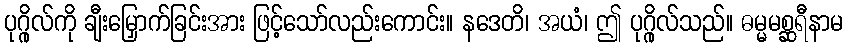
ပုဂ္ဂိုလ်ကို ချီးမြှောက်ခြင်းအား ဖြင့်သော်လည်းကောင်း။ နဒေတိ၊ အယံ၊ ဤ ပုဂ္ဂိုလ်သည်။ ဓမ္မမစ္ဆရီနာမ